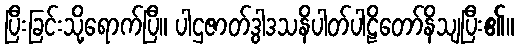
ပြီးခြင်းသို့ရောက်ပြီ။ ပါဌဇာတ်ဒွါဒသနိပါတ်ပါဠိတော်နိသျပြီး၏။